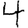
Digit: 4